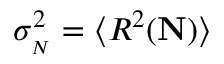
\sigma _ { { } _ { N } } ^ { 2 } = \langle R ^ { 2 } ( { \bf N } ) \rangle